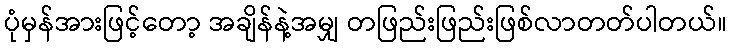
ပုံမှန်အားဖြင့်တော့ အချိန်နဲ့အမျှ တဖြည်းဖြည်းဖြစ်လာတတ်ပါတယ်။